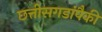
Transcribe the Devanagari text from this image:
छत्तीसगडांपैकी